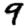
Digit: 9